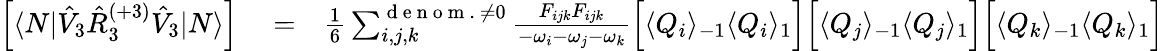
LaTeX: \begin{array}{rlr}{\left[\langle N|\hat{V}_{3}\hat{R}_{3}^{(+3)}\hat{V}_{3}|N\rangle\right]}&{{}=}&{\frac{1}{6}\sum_{i,j,k}^{{\mathrm{~d~e~n~o~m~.~}\neq 0}}\frac{{F}_{ijk}{F}_{ijk}}{-\omega_{i}-\omega_{j}-\omega_{k}}\Big[\langle Q_{i}\rangle_{-1}\langle Q_{i}\rangle_{1}\Big]\Big[\langle Q_{j}\rangle_{-1}\langle Q_{j}\rangle_{1}\Big]\Big[\langle Q_{k}\rangle_{-1}\langle Q_{k}\rangle_{1}\Big]}\end{array}